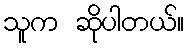
သူက ဆိုပါတယ်။